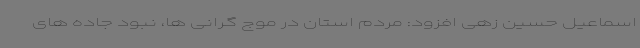
اسماعیل حسین زهی افزود: مردم استان در موج گرانی ها، نبود جاده های